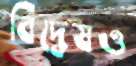
বিদ্বেষও